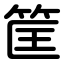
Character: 筐